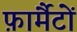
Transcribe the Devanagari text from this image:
फ़ार्मैटों